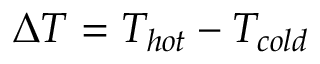
\Delta T = T _ { h o t } - T _ { c o l d }